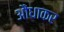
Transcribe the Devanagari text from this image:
औंधाकर